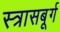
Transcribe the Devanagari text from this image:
स्त्रासबूर्ग